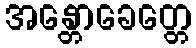
အန္တောခေတ္တေ